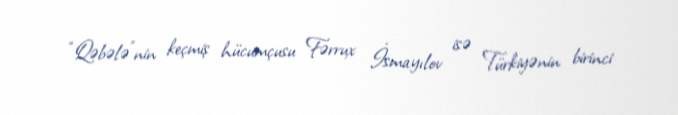
“Qəbələ”nin keçmiş hücumçusu Fərrux İsmayılov isə Türkiyənin birinci